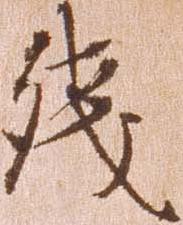
残